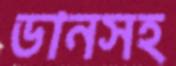
ডানসহ